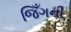
જિઁગની